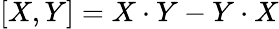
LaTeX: [X,Y]=X\cdot Y-Y\cdot X